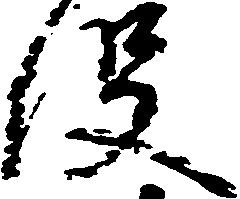
役